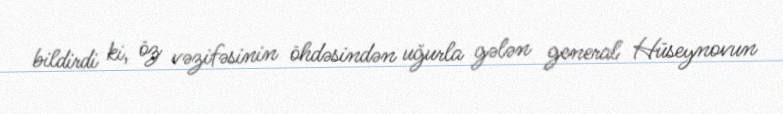
bildirdi ki, öz vəzifəsinin öhdəsindən uğurla gələn general Hüseynovun